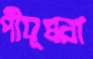
পীযূষরা